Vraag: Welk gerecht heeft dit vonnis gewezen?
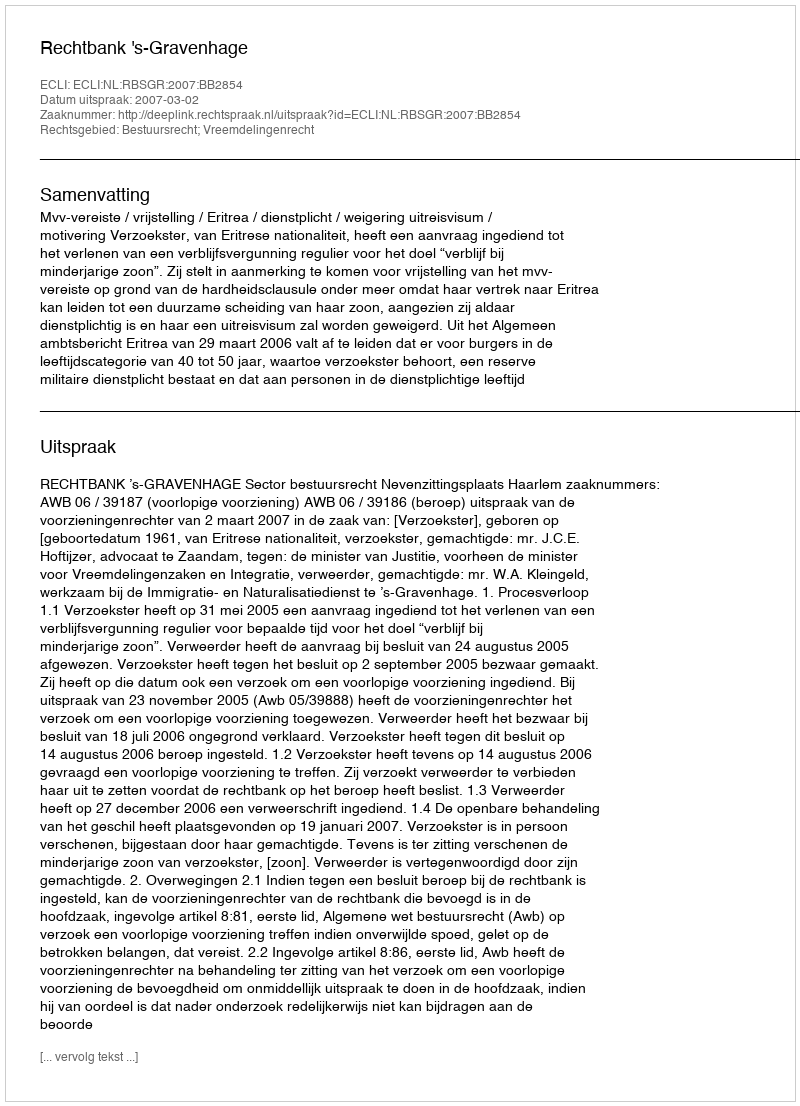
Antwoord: Rechtbank 's-Gravenhage